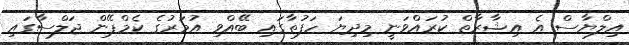
އިލްޔާސް އެ އިޝާރާތް ކުރައްވަނީ މިދިޔަ ހަފުތާގައި ބޭއްވި އުމަރުގެ ކެމްޕޭން ޖަލްސާގައި